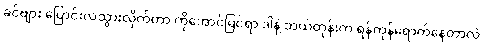
ခင်ဗျား ပြောင်းလဲသွားလိုက်တာ ကိုအောင်မြင်ရာ ဒါနဲ့ ဘယ်တုန်းက ရန်ကုန်ရောက်နေတာလဲ